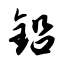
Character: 铅